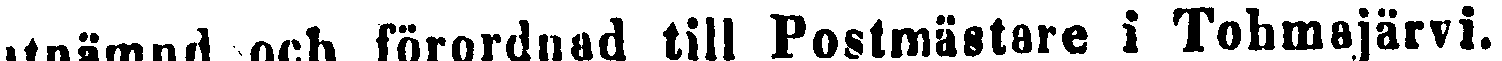
utnämnd och förordnad till Postmästare i Tohmajärvi.